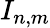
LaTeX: I_{n,m}